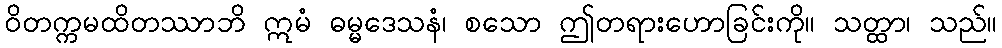
ဝိတက္ကမထိတဿာဘိ ဣမံ ဓမ္မဒေသနံ၊ စသော ဤတရားဟောခြင်းကို။ သတ္ထာ၊ သည်။